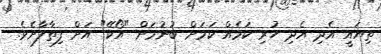
ތިޔައީ އެދި އެދި ހުރި ކަމެއް ކަމަށް ބުނުމަށް "އޯކޭ" އަށް ފިތާލާށެވެ.